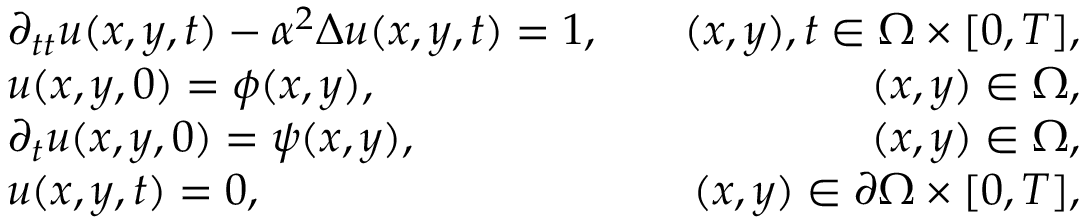
\begin{array} { r l r } & { \partial _ { t t } u ( x , y , t ) - \alpha ^ { 2 } \Delta u ( x , y , t ) = 1 , } & { \quad ( x , y ) , t \in \Omega \times [ 0 , T ] , } \\ & { u ( x , y , 0 ) = \phi ( x , y ) , } & { \quad ( x , y ) \in \Omega , } \\ & { \partial _ { t } u ( x , y , 0 ) = \psi ( x , y ) , } & { \quad ( x , y ) \in \Omega , } \\ & { u ( x , y , t ) = 0 , } & { \quad ( x , y ) \in \partial \Omega \times [ 0 , T ] , } \end{array}